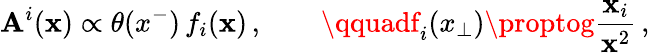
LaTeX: \mathbf{A}^{i}({\mathbf{x}})\propto\theta(x^{-})\, f_{i}({\mathbf{x}})\, ,\qquad\qquadf_{i}(x_{\perp})\proptog{\frac{{\mathbf{x}_{i}}}{{{\mathbf{x}}^{2}}}}\, ,